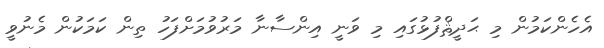
އެހެންކަމުން މި ޙަދީޘްފުޅުގައި މި ވަނީ އިންސާނާ މަރުވުމަށްފަހު ތިން ކަމަކުން މެނުވީ